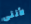
لأننى